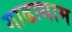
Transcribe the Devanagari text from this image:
गाढाधाम